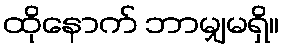
ထိုနောက် ဘာမျှမရှိ။